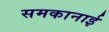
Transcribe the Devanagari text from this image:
समकानाई